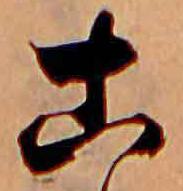
こ